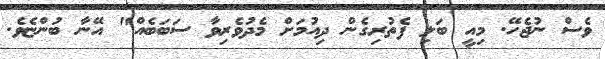
ވެސް ނުޖެހޭ. މިއީ ބަލި ފެތުރިގެން ދިއުމަށް މެދުވެރިވާ ސަބަބެއް" އޭނާ ބުންޏެވެ.